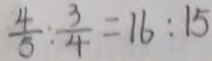
\frac { 4 } { 5 } : \frac { 3 } { 4 } = 1 6 : 1 5